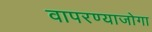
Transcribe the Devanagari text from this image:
वापरण्याजोगा